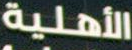
الأهلية